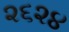
૨૬૨૪